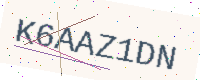
Text: K6AAZ1DN